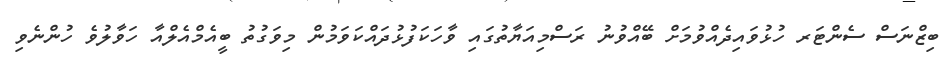
ބިޒްނަސް ސެންޓަރ ހުޅުވައިދެއްވުމަށް ބޭއްވުނު ރަސްމިއަޔާތުގައި ވާހަކަފުޅުދައްކަވަމުން މިވަގުތު ބީއެމްއެލްއާ ހަވާލުވެ ހުންނެވި